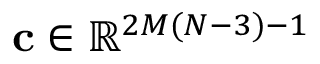
\mathbf { c } \in \mathbb { R } ^ { 2 M ( N - 3 ) - 1 }